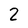
Character: 2